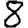
Digit: 8